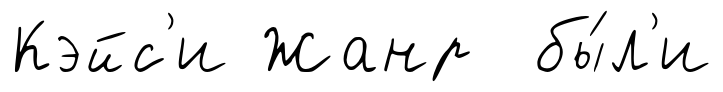
Кэйс'и Жанр бы́л'и